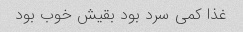
غذا کمی سرد بود بقیش خوب بود